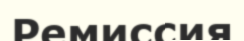
Ремиссия